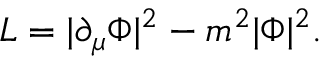
{ \cal L } = | \partial _ { \mu } \Phi | ^ { 2 } - m ^ { 2 } | \Phi | ^ { 2 } .